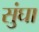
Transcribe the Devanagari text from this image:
सुंघा